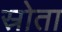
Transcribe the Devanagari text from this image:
स्रोता